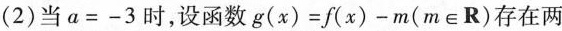
(2)当a=-3时，设函数g(x)=∫(x)-m(m∈R)存在两